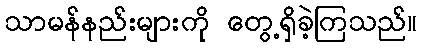
သာမန်နည်းများကို တွေ့ရှိခဲ့ကြသည်။